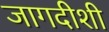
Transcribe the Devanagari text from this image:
जागदीशी